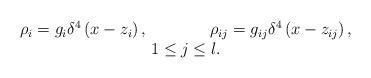
LaTeX: \begin{align*}\begin{array}{c}\rho _i=g_i\delta ^4\left( x-z_i\right),\,\,\,\,\,\,\,\,\,\,\,\,\,\,\,\,\,\,\,\,\,\,\rho _{ij}=g_{ij}\delta^4\left( x-z_{ij}\right) , \\ 1\leq j\leq l. \end{array}\end{align*}